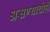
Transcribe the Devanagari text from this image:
असण्याचीही